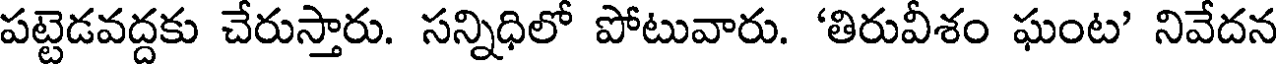
పట్టెడవద్దకు చేరుస్తారు. సన్నిధిలో పోటువారు. 'తిరువీశం ఘంట' నివేదన